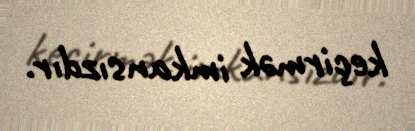
keçirmək imkansızdır.